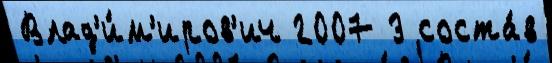
Влад'и́м'иров'ич 2007 3 соста́в